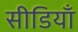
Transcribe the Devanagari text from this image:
सीडियाँ